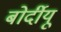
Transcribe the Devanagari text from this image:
बोर्दीयू